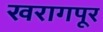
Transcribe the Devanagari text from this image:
खरागपूर